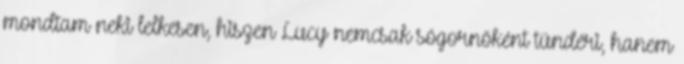
mondtam neki lelkesen, hiszen Lucy nemcsak sógornőként tündéri, hanem